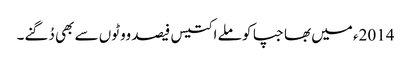
2014ء میں بھاجپا کو ملے اکتیس فیصد ووٹوں سے بھی دُگنے۔